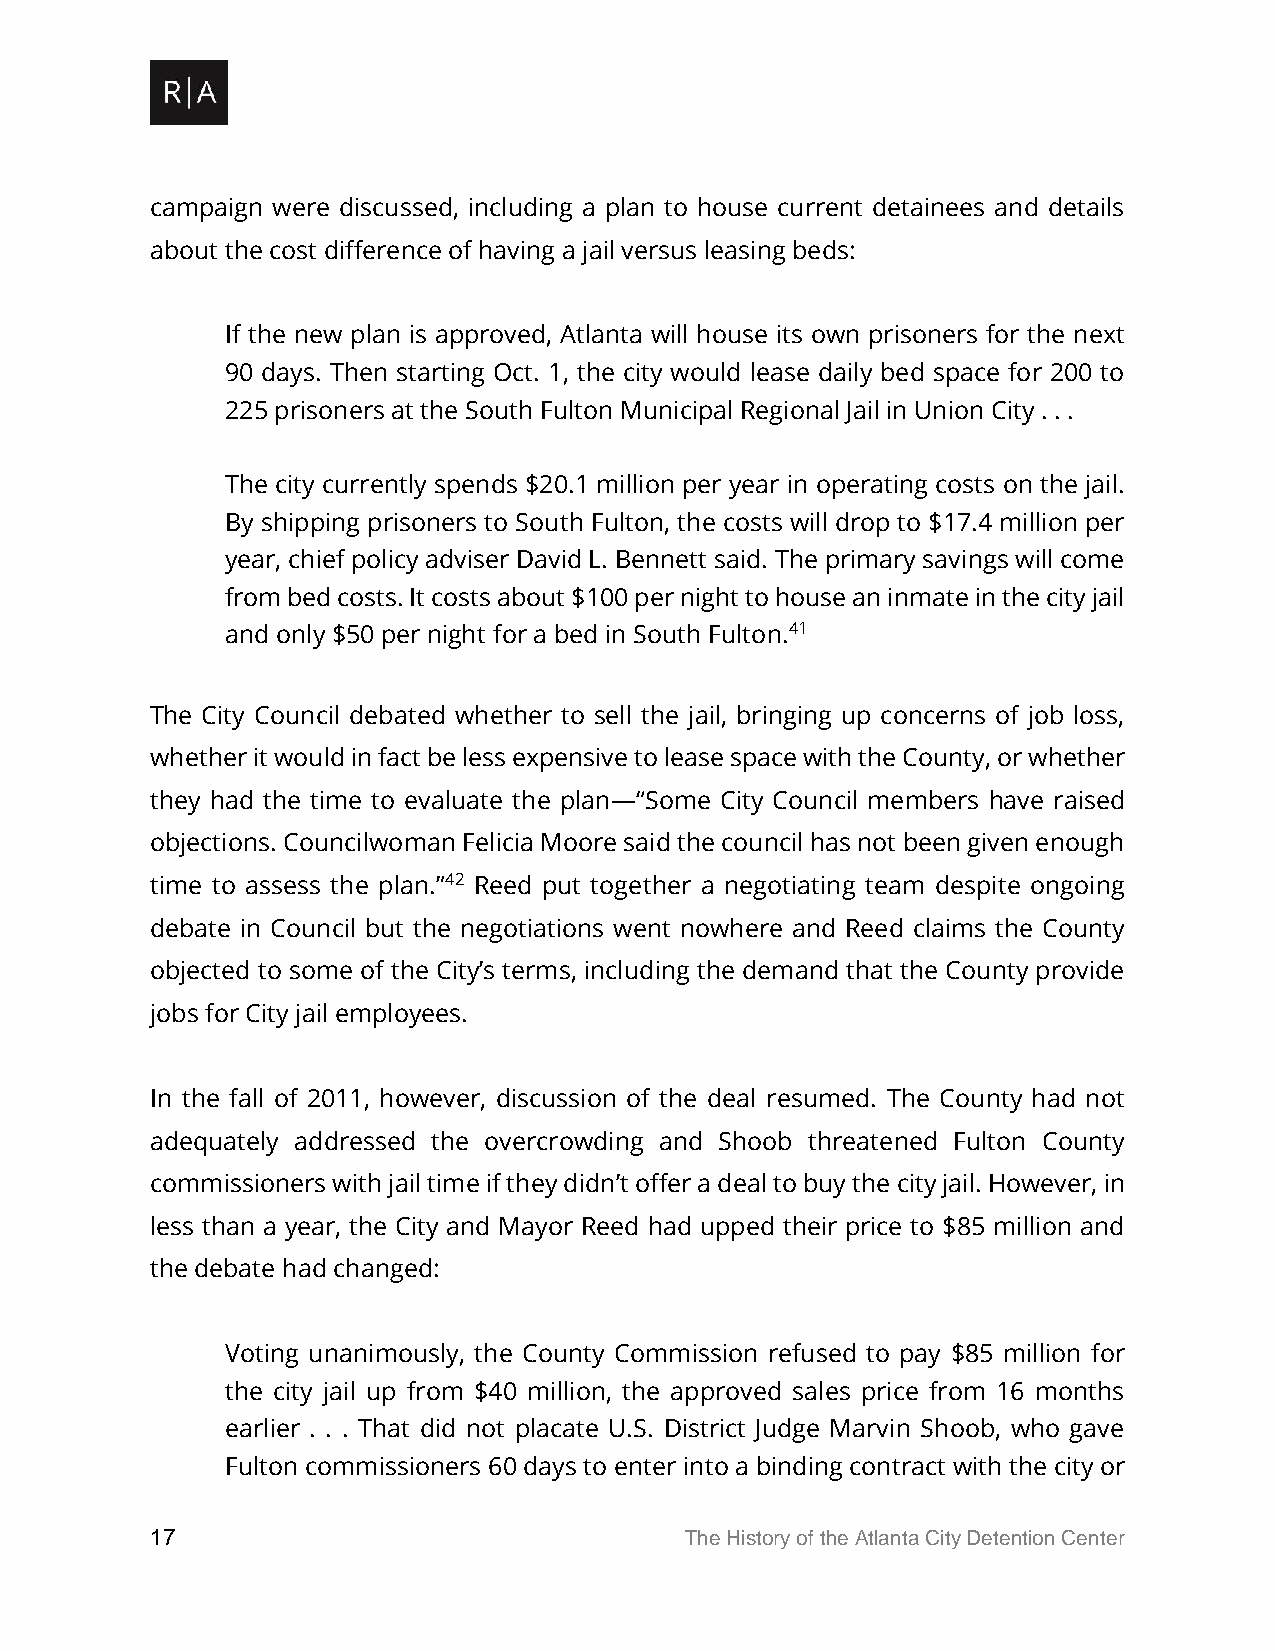
campaign were discussed, including a plan to house current detainees and details
 about the cost difference of having a jail versus leasing beds:
 If the new plan is approved, Atlanta will house its own prisoners for the next
 90 days. Then starting Oct. 1, the city would lease daily bed space for 200 to
 225 prisoners at the South Fulton Municipal Regional Jail in Union City . . .
 The city currently spends $20.1 million per year in operating costs on the jail.
 By shipping prisoners to South Fulton, the costs will drop to $17.4 million per
 year, chief policy adviser David L. Bennett said. The primary savings will come
 from bed costs. It costs about $100 per night to house an inmate in the city jail
 and only $50 per night for a bed in South Fulton.41
 The City Council debated whether to sell the jail, bringing up concerns of job loss,
 whether it would in fact be less expensive to lease space with the County, or whether
 they had the time to evaluate the plan—“Some City Council members have raised
 objections. Councilwoman Felicia Moore said the council has not been given enough
 time to assess the plan.”42 Reed put together a negotiating team despite ongoing
 debate in Council but the negotiations went nowhere and Reed claims the County
 objected to some of the City’s terms, including the demand that the County provide
 jobs for City jail employees.
 In the fall of 2011, however, discussion of the deal resumed. The County had not
 adequately addressed the overcrowding and Shoob threatened Fulton County
 commissioners with jail time if they didn’t offer a deal to buy the city jail. However, in
 less than a year, the City and Mayor Reed had upped their price to $85 million and
 the debate had changed:
 Voting unanimously, the County Commission refused to pay $85 million for
 the city jail up from $40 million, the approved sales price from 16 months
 earlier . . . That did not placate U.S. District Judge Marvin Shoob, who gave
 Fulton commissioners 60 days to enter into a binding contract with the city or
 17                                 The History of the Atlanta City Detention Center